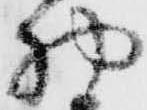
物